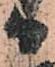
日